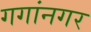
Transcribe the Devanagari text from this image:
गगांनगर